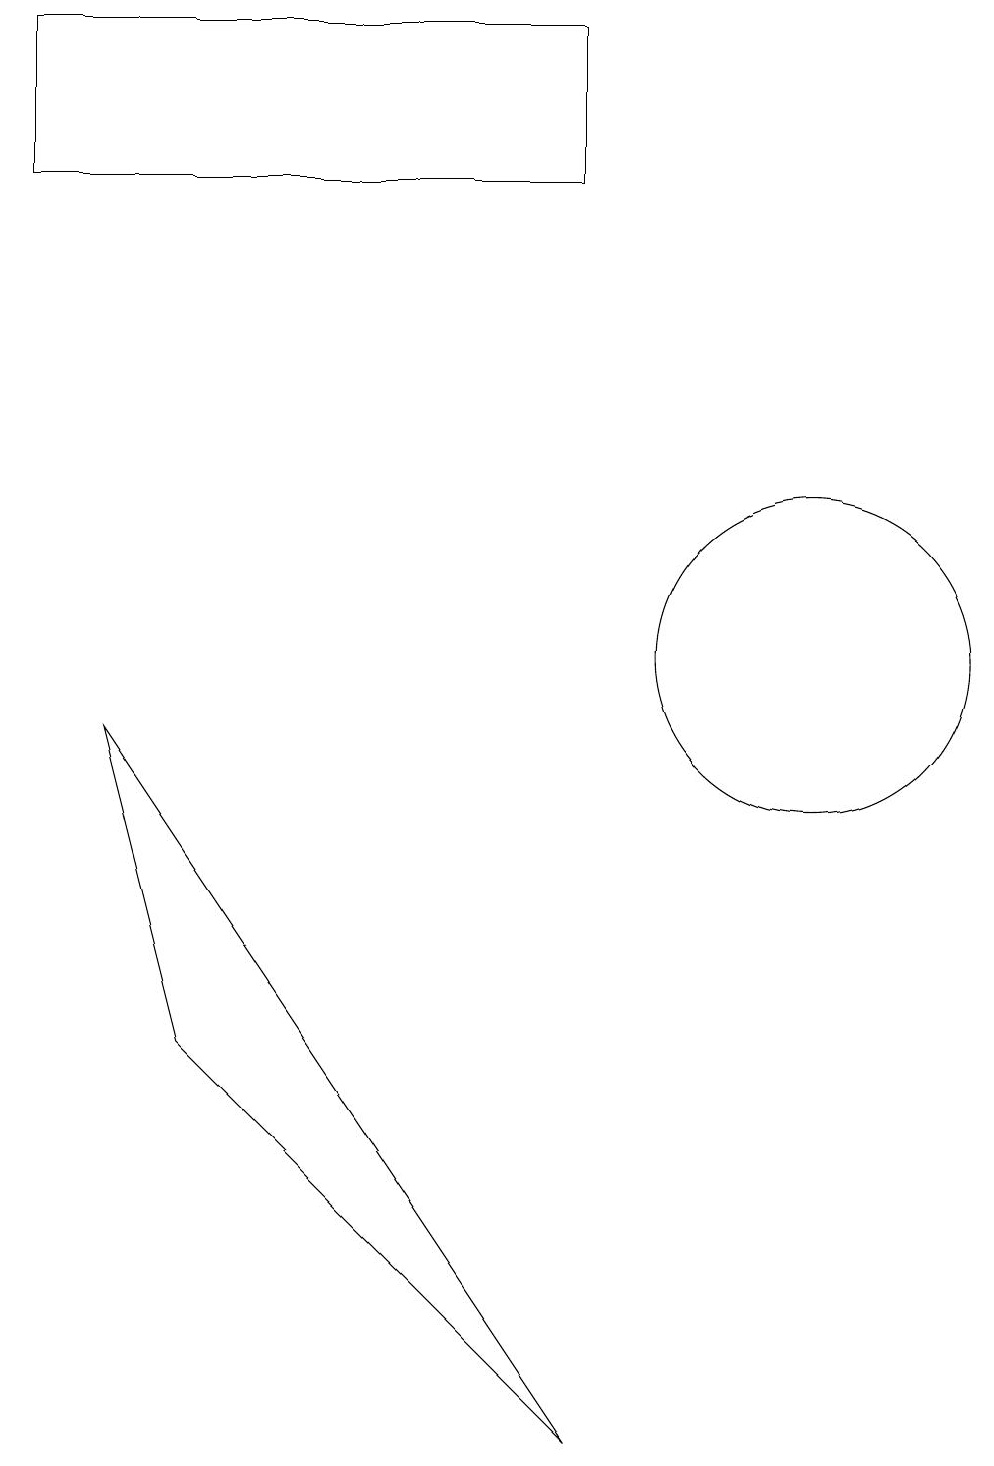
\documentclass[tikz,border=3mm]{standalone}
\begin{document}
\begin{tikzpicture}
\draw (12,10) circle (2);
\draw (9,0) -- (4,5) -- (3,9) -- cycle;
\draw (2,18) rectangle (9,16);
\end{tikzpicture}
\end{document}